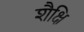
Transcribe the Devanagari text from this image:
शैक्षि